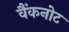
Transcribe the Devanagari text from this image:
वैंकनोट